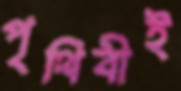
পৃথিবীই